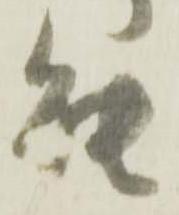
能